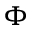
\Phi